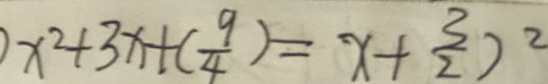
x ^ { 2 } + 3 x + ( \frac { 9 } { 4 } ) = x + \frac { 3 } { 2 } ) ^ { 2 }